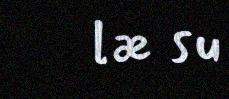
læ su